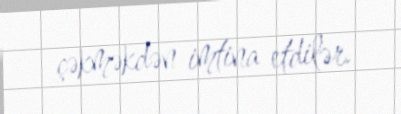
çəkməkdən imtina etdilər.